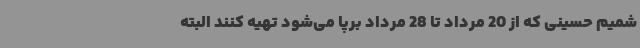
شمیم حسینی که از 20 مرداد تا 28 مرداد برپا می‌شود تهیه کنند البته